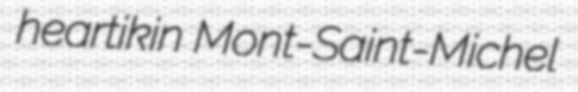
heartikin Mont-Saint-Michel